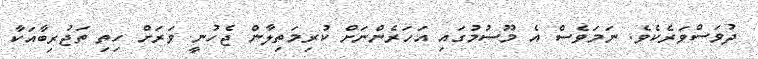
ދުވަސްވަރެކެވެ. ނަމަވެސް އެ މޫސުމުގައި އަހަރެންނަށް ކުރިމަތިލާން ޖެހުނީ ވަރަށް ހިތި ތަޖުރިބާއަކާ